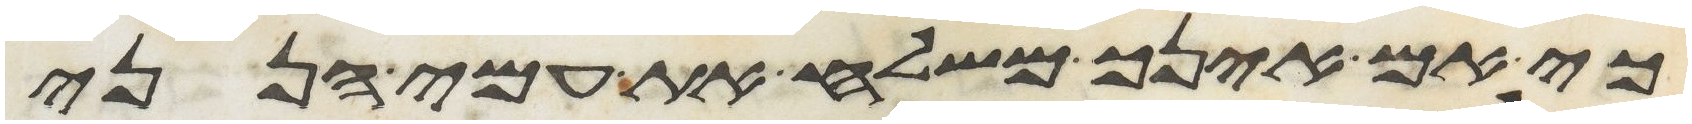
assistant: כי אם אינך משלח את עמי הנני